Report on malaria in the Punjab during the year ...  together with an account of the work of the Punjab Malaria Bureau - Volume 6
Disease focus: Malaria
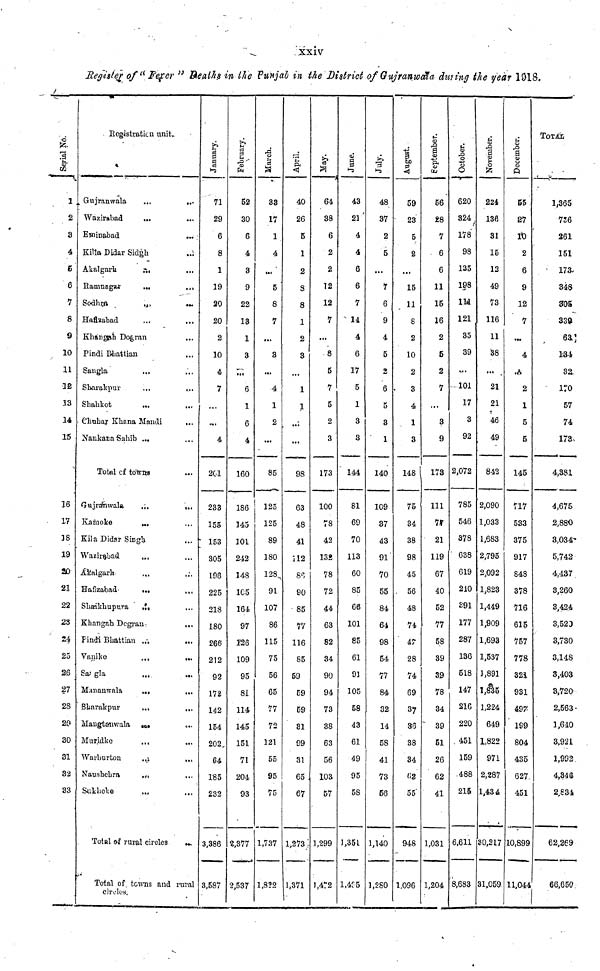
xxiv
Register of " Fever " Deaths in the Punjab in the District Gujranwala during the year 1918.
Serial No.
1
2
3
4
5
6
7
8
9
10
11
32
13
14
15
16
17
18
19
20
21
22
23
24
25
2.6
27
28
29
30
31
32
33
Registration unit.
Gujranwala
Wazirabad
Eminabad
Killa Didar Sidgh
Akalgarh
Ramnagar
Sodhra
Haflzabad
Khangah. Dogra
Pindi Bhattian
Sangla
Sharakpur
Shahkot
...
...
...
...
...
...
...
...
...
...
...
...
Chuhar Khana Mandi
Nankana Sahib ...
Total of towns
Gujranwala
Kamoke
Kila Didsr Singh
Wazirabad
Akalgarh
Haflzabad
Shaikhupura
Khangah. Degran
Findi Bhattian
Vanike
Sangla
Mananwala
Sharakpur
Mangtanwala
Muridke
Warburton
Nausbehra
Sukheke
Total of rural Circles
cles
...
...
.
....
...
...
...
...
...
...
...
...
...
...
...
...
....
...
...
...
...
...
...
...
...
...
...
...
...
...
...
...
...
...
...
...
...
...
...
...
...
...
...
...
...
...
...
...
...
...
...
...
Total of towns and rural
circles.
January.
71
29
6
8
1
19
20
20
2
10
4
7
...
...
4
201
233
155
153
305
198
225
218
180
266
212
92
172
142
154
202
185
232
3,386
3,587
February.
52
30
6
4
3
9
22
13
1
3
Ml
6
1
6
4
160
186
345
101
242
148
105
164
97
126
109
95
81
114
145
151
71
204
93
2,377
2,537
March.
33
17
1
4
..<
5
8
7
...
3
...
4
1
2
...
85
125
125
89
180
128
91
107
86
115
75
56
65
77
72
121
55
95
75
1,737
1,822
April.
40
26
5
1
2
8
8
1
2
3
...
1
1
...
...
98
63
48
41
112
86
90
85
77
116
85
59
59
59
31
99
31
65 .
67
1,273
1,371
May.
64
38
6
2
2
12
12
7
...
8
5
7
5
2
3
173
100
78
42
132
78
72
44
63
82
34
90
94
73
38
63
56
103
57
1,299
1.472
June.
43
21
4
4
6
6
7
14
4
6
17
5
1
3
3
144
81
69
70
113
60
85
66
101
85
61
91
105
58
43
61
49
95
58
1,351
1,495
July.
48
37
2
5
...
7
6
9
4
5
2
6
5
3
1
140
109
37
43
91
70
55
84
64
98
54
77
84
32
14
58
41
73
56
1,140
1,280
August.
59
23
5
2
...
15
11
8
2
10
2
3
4
1
3
148
75
34
38
98
45
56
48
74
4?
28
74
69
37
36
38
34
62
55
948
1,096
September.
56
28
7
6
6
11
15
16
2
5
2
7
...
3
9
173
111
77
21
119
67
40
52
77
58
39
39
78
34
39
51
26
62
41
1,031
1,204
October.
620
324
178
98
135
198
111
121
35
39
101
17
3
92
2,072
785
546
378
638
619
210
391
177
287
136
518
147
216
220
451
159
488
215
6,611
8,683
November.
224
136
31
15
12
49
73
116
11
38
...
21
21
46
49
842
2,090
1,033
1,683
2,795
2,092
1,823
1,449
1,909
1,693
1,537
1,891
1,835
1,224
649
1,822
971
2,287
1,43 4
30,217
31,059
December.
65
27
10
2
6
9
12
7
...
4
...
2
1
5
5
145
717
533
375
917
848
378
716
615
757
778
321
931
497
199
804
435
627
451
10,899
11,044
TOTAL.
1,365
736
261
151
173
348
305
339
63
134.
32
170
57
74
173
4,381
4,675
2,880
3,034
5,742
4,437
3,260
3,424
3,520
3,730
3,148
3,403
3,720
2,563
1,610
3,921
1,992
4,346
2,834
62,269
66,650